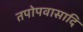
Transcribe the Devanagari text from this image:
तपोपवासादि